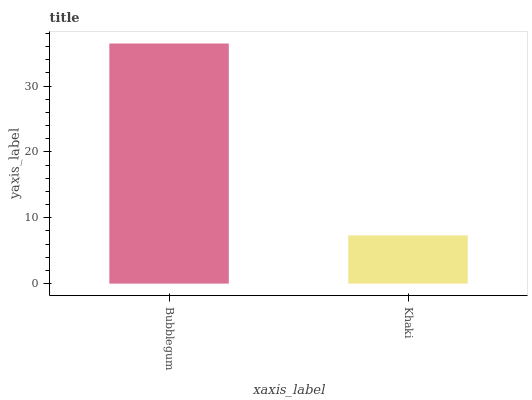
| xaxis_label | bars |
 | --- | --- |
 | Bubblegum | 36.5 |
 | Khaki | 7.33 |